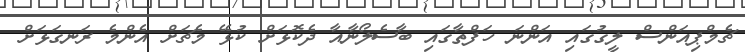
ޗެމްޕިއަންސް ލީގުގައި އަންނަ ހަފްތާގައި ބާސެލޯނާއާ ދެކޮޅަށް ކުޅޭ މެޗަށް އެންމެ ރަނގަޅަށް